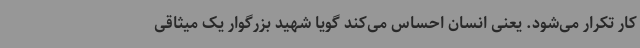
کار تکرار می‌شود. یعنی انسان احساس می‌کند گویا شهید بزرگوار یک میثاقی